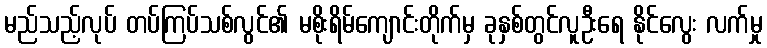
မည်သည့်လုပ် တပ်ကြပ်သစ်လွင်၏ မစိုးရိမ်ကျောင်းတိုက်မှ ခုနှစ်တွင်လူဦးရေ နိုင်လွေး လက်မှု